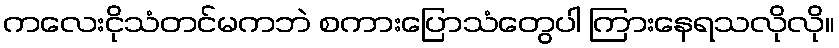
ကလေးငိုသံတင်မကဘဲ စကားပြောသံတွေပါ ကြားနေရသလိုလို။